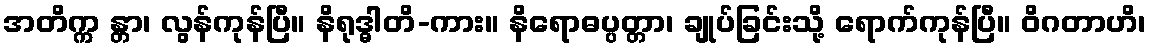
အတိက္က န္တာ၊ လွန်ကုန်ပြီ။ နိရုဒ္ဓါတိ-ကား။ နိရောဓပ္ပတ္တာ၊ ချုပ်ခြင်းသို့ ရောက်ကုန်ပြီ။ ဝိဂတာဟိ၊